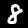
Digit: 8